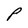
Character: P